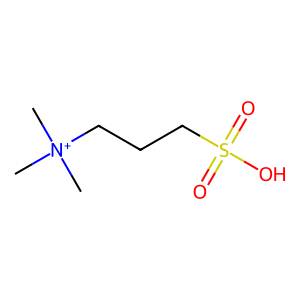
SMILES: C[N+](C)(C)CCCS(=O)(=O)O
Inhibits HIV replication: No